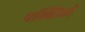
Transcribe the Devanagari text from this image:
पन्निनो